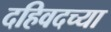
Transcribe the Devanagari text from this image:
दहिवदच्या